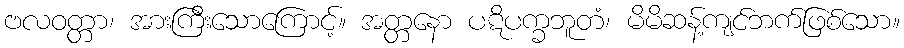
ဗလဝတ္တာ၊ အားကြီးသောကြောင့်။ အတ္တနော ပဋိပက္ခဘူတံ၊ မိမိဆန့်ကျင်ဘက်ဖြစ်သော။